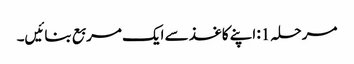
مرحلہ 1: اپنے کاغذ سے ایک مربع بنائیں۔